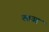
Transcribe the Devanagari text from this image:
लाउह